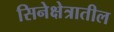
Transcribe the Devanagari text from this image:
सिनेक्षेत्रातील